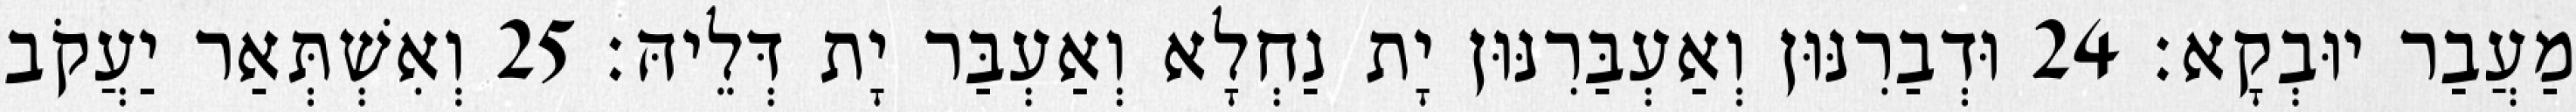
מַעֲבַר יוּבְקָא׃ 24 וּדְבַרִנּוּן וְאַעְבַּרִנּוּן יָת נַחְלָא וְאַעְבַּר יָת דְּלֵיהּ׃ 25 וְאִשְׁתְּאַר יַעֲקֹב